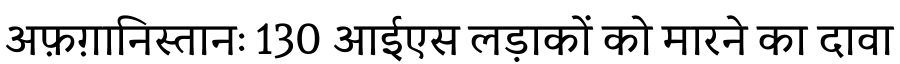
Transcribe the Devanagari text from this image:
अफ़ग़ानिस्तानः 130 आईएस लड़ाकों को मारने का दावा